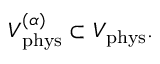
{ \cal V } _ { \mathrm { p h y s } } ^ { ( \alpha ) } \subset { \cal V } _ { \mathrm { p h y s } } .